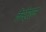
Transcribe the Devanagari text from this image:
कैस्टे्रशन